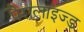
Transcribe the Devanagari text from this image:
पैरालाइज्ड